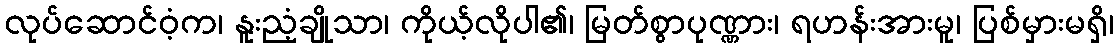
လုပ်ဆောင်ဝံ့က၊ နူးညံ့ချိုသာ၊ ကိုယ့်လိုပါ၏၊ မြတ်စွာပုဏ္ဏား၊ ရဟန်းအားမူ၊ ပြစ်မှားမရှိ၊